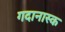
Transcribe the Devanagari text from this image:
गदानास्क